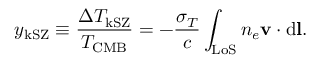
y _ { \mathrm { k S Z } } \equiv \frac { \Delta T _ { \mathrm { k S Z } } } { T _ { \mathrm { C M B } } } = - \frac { \sigma _ { T } } { c } \int _ { \mathrm { L o S } } n _ { e } \mathbf { v } \cdot \mathrm { d } \mathbf { l } .